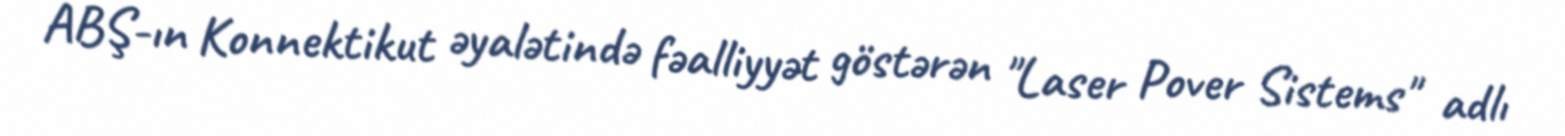
ABŞ-ın Konnektikut əyalətində fəalliyyət göstərən "Laser Pover Sistems" adlı